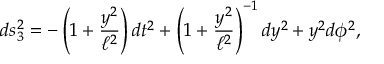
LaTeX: d s _ { 3 } ^ { 2 } = - \left( 1 + \frac { y ^ { 2 } } { \ell ^ { 2 } } \right) d t ^ { 2 } + \left( 1 + \frac { y ^ { 2 } } { \ell ^ { 2 } } \right) ^ { - 1 } d y ^ { 2 } + y ^ { 2 } d \phi ^ { 2 } ,